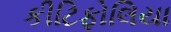
કીટિફોલિયા